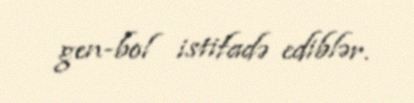
gen-bol istifadə ediblər.